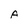
Character: A